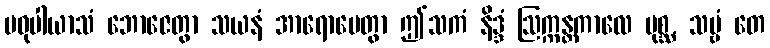
မဓုပါယာသံ ဘောဇေတွာ သယနံ အာရောပေတွာ ဤသကံ နိဒ္ဒံ ဩက္ကန္တကာလေ ပုစ္ဆ, သဗ္ဗံ တေ